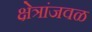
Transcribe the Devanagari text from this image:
क्षेत्रांजवळ